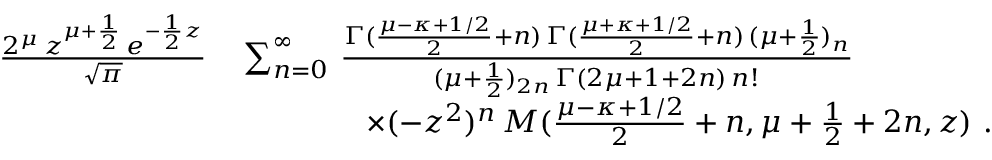
\begin{array} { r } { \begin{array} { r l } { \frac { 2 ^ { \mu } \, z ^ { \mu + \frac { 1 } { 2 } } \, e ^ { - \frac { 1 } { 2 } z } } { \sqrt { \pi } } \, } & { \sum _ { n = 0 } ^ { \infty } \, \frac { \Gamma ( \frac { \mu - \kappa + 1 / 2 } { 2 } + n ) \, \Gamma ( \frac { \mu + \kappa + 1 / 2 } { 2 } + n ) \, ( \mu + \frac { 1 } { 2 } ) _ { n } } { ( \mu + \frac { 1 } { 2 } ) _ { 2 n } \, \Gamma ( 2 \mu + 1 + 2 n ) \, n ! } } \\ & { \qquad \qquad \times ( - z ^ { 2 } ) ^ { n } \, M ( \frac { \mu - \kappa + 1 / 2 } { 2 } + n , \mu + \frac { 1 } { 2 } + 2 n , z ) \ . } \end{array} } \end{array}